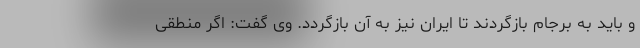
و باید به برجام بازگردند تا ایران نیز به آن بازگردد. وی گفت: اگر منطقی